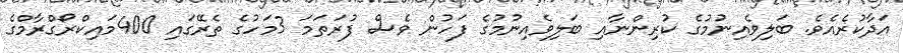
އަދާކުރެއެވެ. ބަލިވެއިނުމުގެ ކުރިންނާއި ބަލިވެއިނުމުގެ ފަހުން ވެސް ފުރަތަމަ 3މަހުގެ ތެރޭގައި 400މައިކްރޯގްރާމްގެ